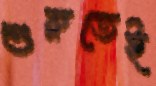
শুরুতেই